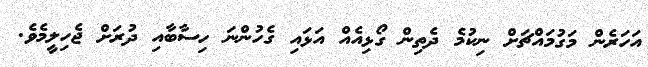
އަހަރެން މަގުމައްޗަށް ނިކުމެ ދެތިން ގޯޅިއެއް އަޅައި ގެހުންނަ ހިސާބާއި ދުރަށް ޖެހިލީމެވެ.